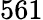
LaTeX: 561